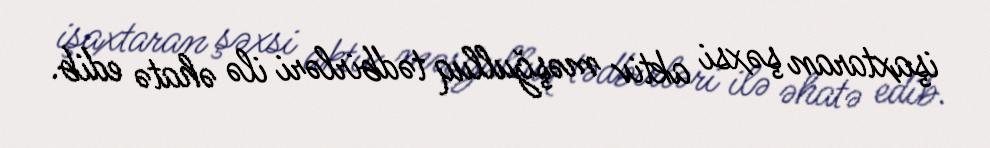
işaxtaran şəxsi aktiv məşğulluq tədbirləri ilə əhatə edib.